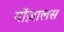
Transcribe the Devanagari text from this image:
गोंज़ालस